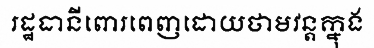
រដ្ឋធានីពោរពេញដោយថាមវន្តក្នុង